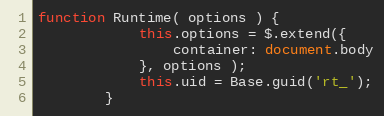
Language: JavaScript
function Runtime( options ) {
            this.options = $.extend({
                container: document.body
            }, options );
            this.uid = Base.guid('rt_');
        }